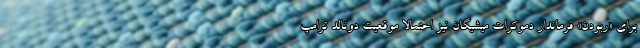
برای «ربودن» فرماندار دموکرات میشیگان نیز احتمالا موقعیت دونالد ترامپ